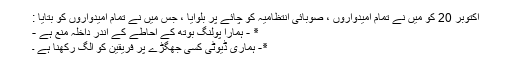
اکتوبر 20 کو میں نے تمام امیدواروں ، صوبائی انتظامیہ کو چائے پر بلوایا ، جس میں نے تمام امیدواروں کو بتایا :
٭ - ہمارا پولنگ بوتھ کے احاطے کے اندر داخلہ منع ہے -
٭- ہماری ڈیوٹی کسی جھگڑے پر فریقین کو الگ رکھنا ہے ۔